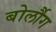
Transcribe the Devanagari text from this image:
बोर्लौग